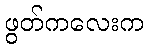
ဖွတ်ကလေးက